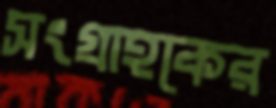
সংগ্রাহকের